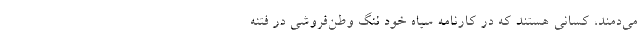
می‌دمند، کسانی هستند که در کارنامه سیاه خود ننگ وطن‌فروشی در فتنه